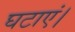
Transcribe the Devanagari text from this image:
घटाएं।